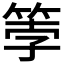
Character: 𫂀